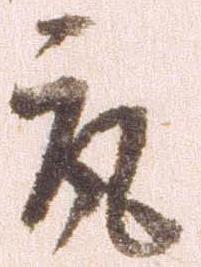
取